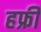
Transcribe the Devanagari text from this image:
हफ्रीं